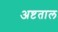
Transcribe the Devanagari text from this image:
अष्टताल